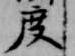
度